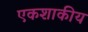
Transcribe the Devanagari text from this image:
एकशाकीय